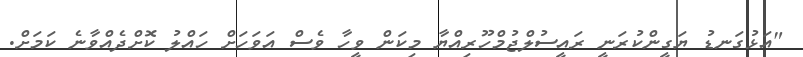
"އަޅުގަނޑު ޔަގީންކުރަނީ ރައީސުލްޖުމްހޫރިއްޔާ މިކަން ވީހާ ވެސް އަވަހަށް ހައްލު ކޮށްދެއްވާނެ ކަމަށް.